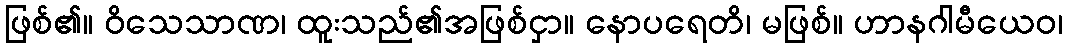
ဖြစ်၏။ ဝိသေသာဏ၊ ထူးသည်၏အဖြစ်ငှာ။ နောပရေတိ၊ မဖြစ်။ ဟာနဂါမီယေဝ၊